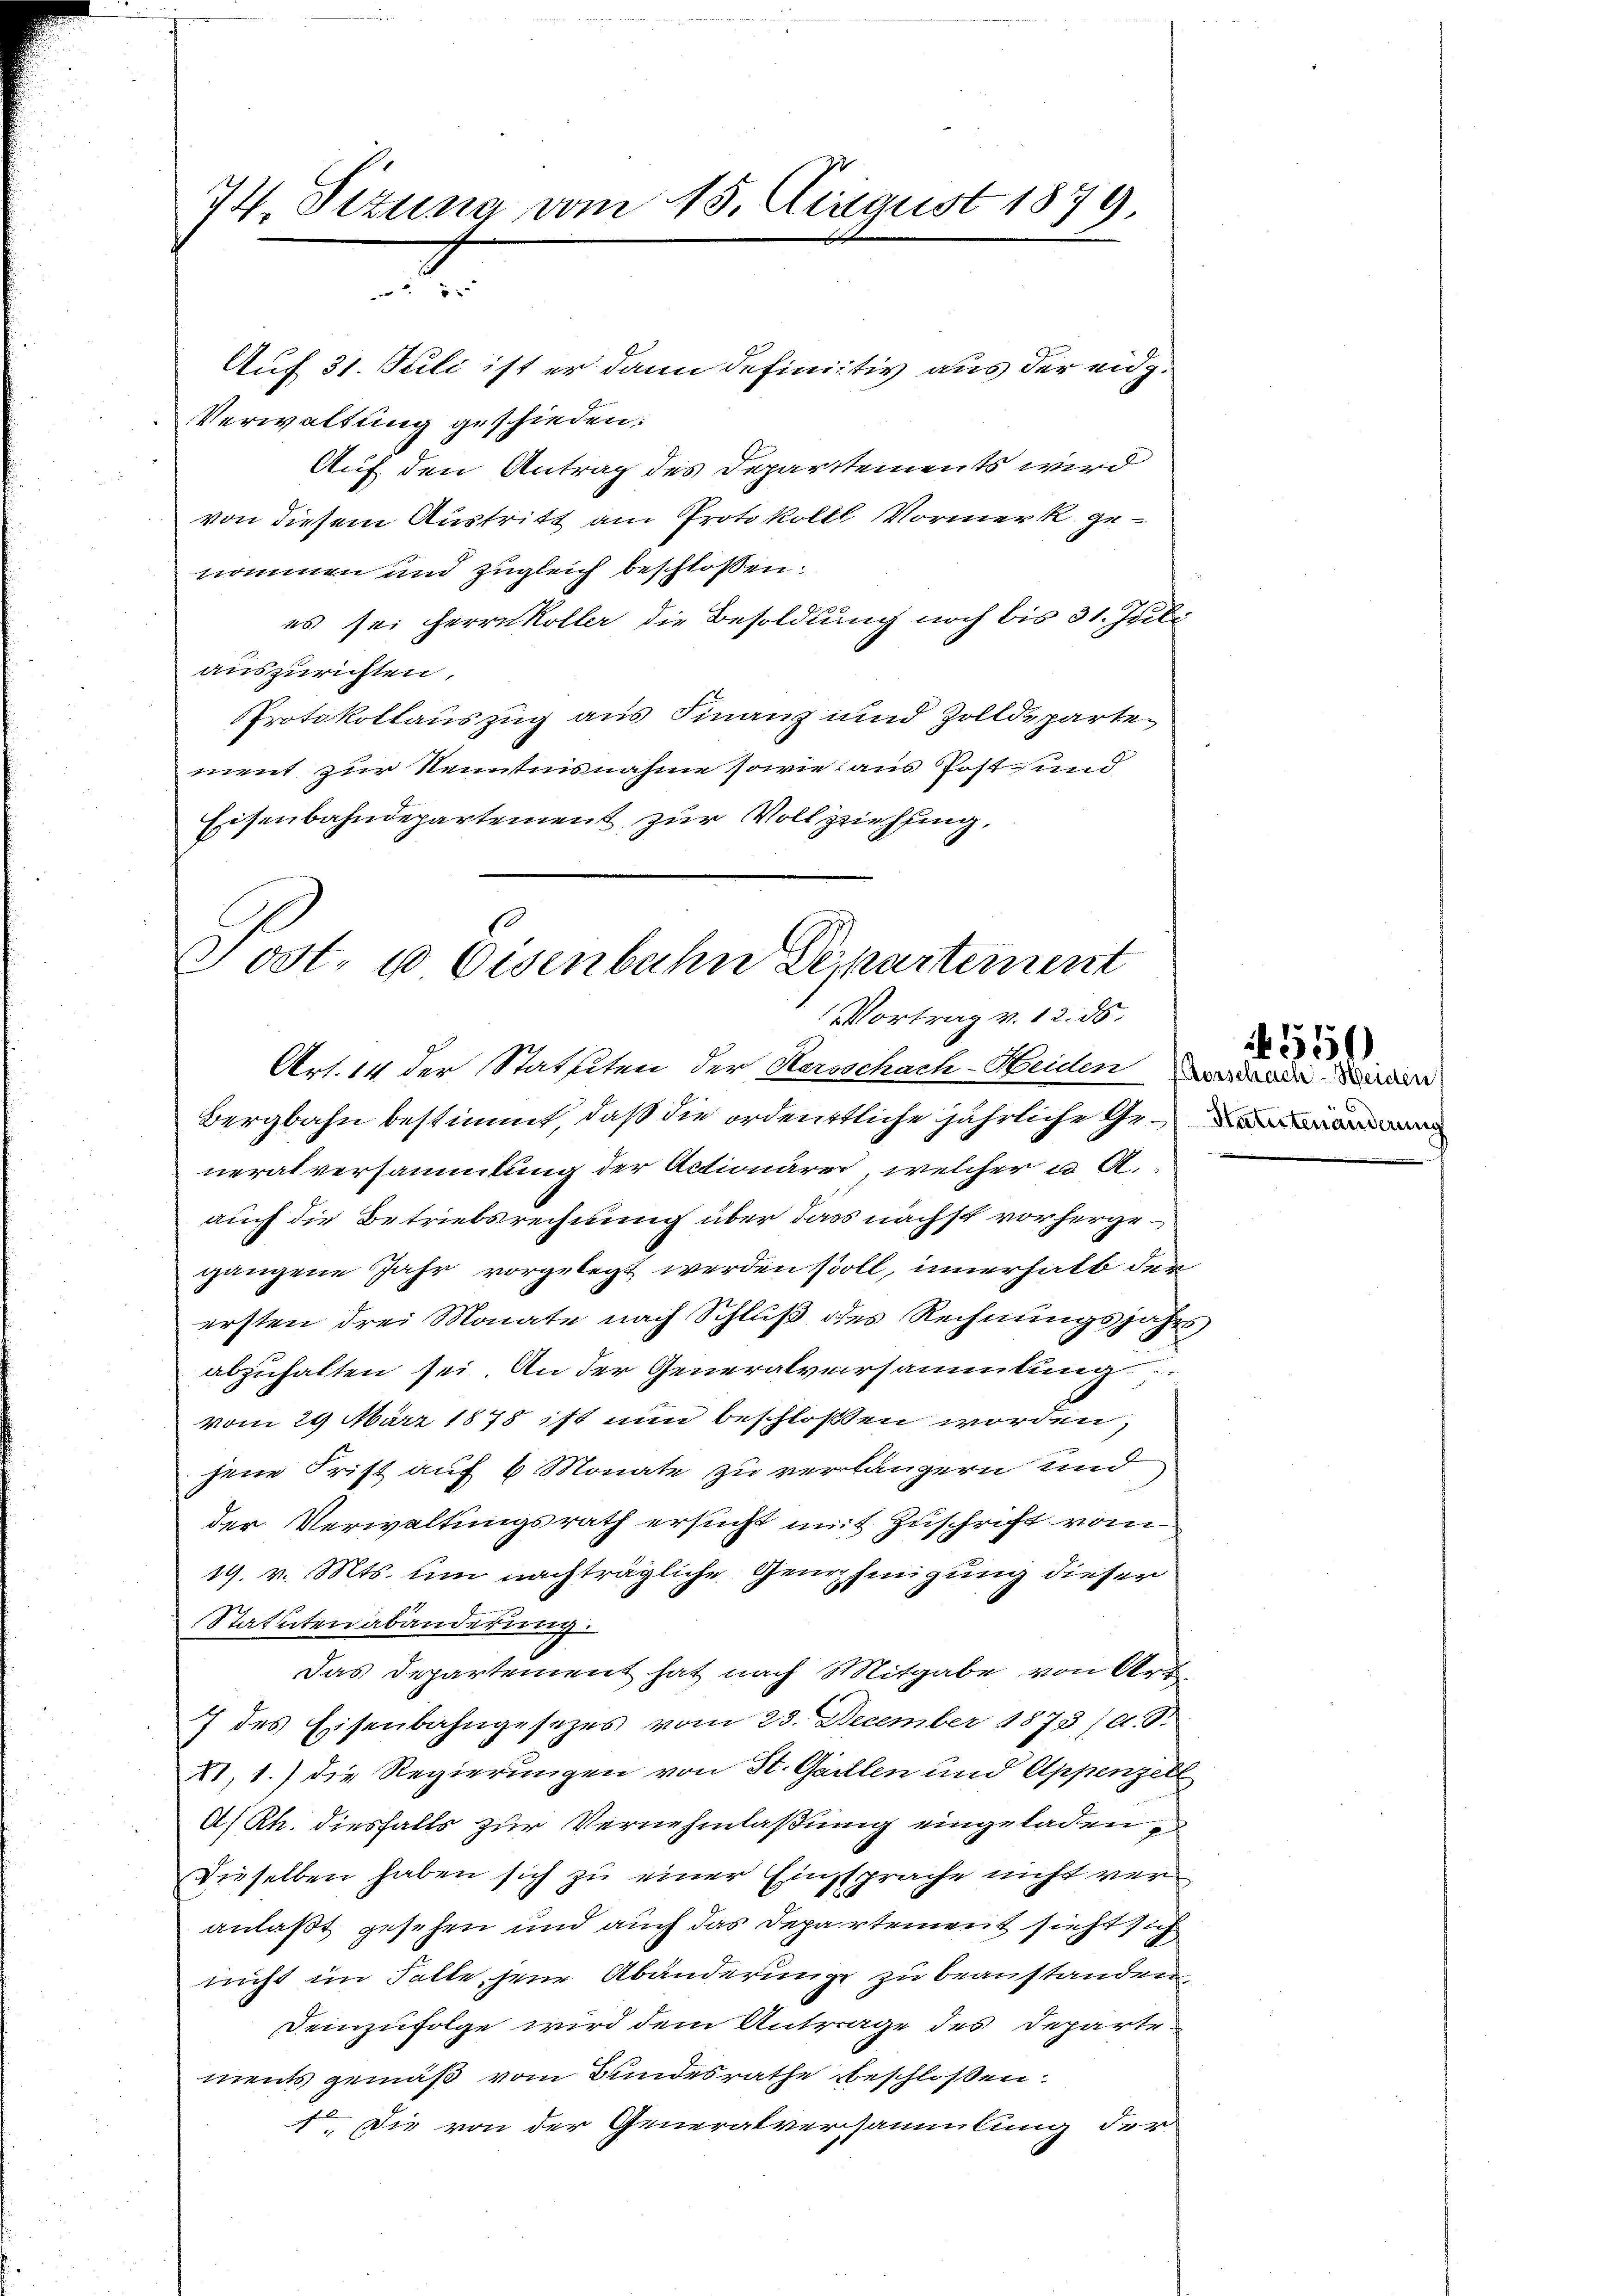
74. Sizung vom 15. August 1879,
.

Tost. 10 Eisenbahn Departement
VVortrag v. 12. ds.

Auf 31. Stile ist er dann definitiv aus der eidg.
Verwaltung geschieden:
Auf den Antrag des Departements wird
von diesem Austritt am Protokolll Vormerk genommen und zugleich beschloßen:
es sei Herrn Koller die Besoldung noch bis 31. Juli
auszurichten.
PProtokollauszug aus Finanz und Zolldeparte
ment zur Kenntnisnahme sowie aus Post und
Eisenbahndepartement zur Vollziehung.

Art. 14 der Statuiten der Herrschach-Heiden worden den
Bergbahn bestimmt, daß die ordentliche jährliche Generalversammlung der Actionäre, welcher u A.
auch die Betriebsrechnung über dass nächst vorhergegangene Jahr vorgelegt werden soll, innerhalb den
ersten drei Monate nach Schluß des Rechnungsjahrs
abzuhalten sei. An der Generalversammlung
vom 29. März 1878 ist nun beschloßen worden,
jene Frist auf 6 Monate zu verlängern und
der Verwaltungsrath ersucht mit Zuschrift vom
19. v. Mts. um nachträgliche Genehmigung dieser
Statuten abänderung.
Das Departement hat nach Mitgabe von Art
7 des Eisenbahngesezes vom 23. December 1873/d. S.
XI,1) die Regierungen von St. Gaillen und Appenzell
A/Rh. diesfalls zur Vernehmlaßung eingeladen,
Dieselben haben sich zu einer Einsprache nicht veranlaßt gesehen und auch das Departement sieht sich
nicht im Falle zur Abänderung zu beanstanden,
Demzufolge wird dem Antrage des Departements gemäß vom Bundesrathe beschlossen:
1o. Die von der Generalversammlung der

e

55